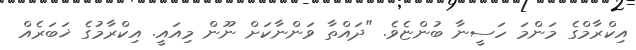
އިކްރާމްގެ މަންމަ ހަސީނާ ބުންޏެވެ. "ދައްތާ ވަންނާކަށް ނޫން މިއައީ. އިކްރާމުގެ ޚަބަރެއް